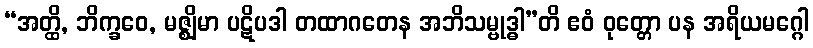
“အတ္ထိ, ဘိက္ခဝေ, မဇ္ဈိမာ ပဋိပဒါ တထာဂတေန အဘိသမ္ဗုဒ္ဓါ”တိ ဧဝံ ဝုတ္တော ပန အရိယမဂ္ဂေါ